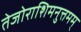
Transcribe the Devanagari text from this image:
तेजोराशिमनुत्तमम्